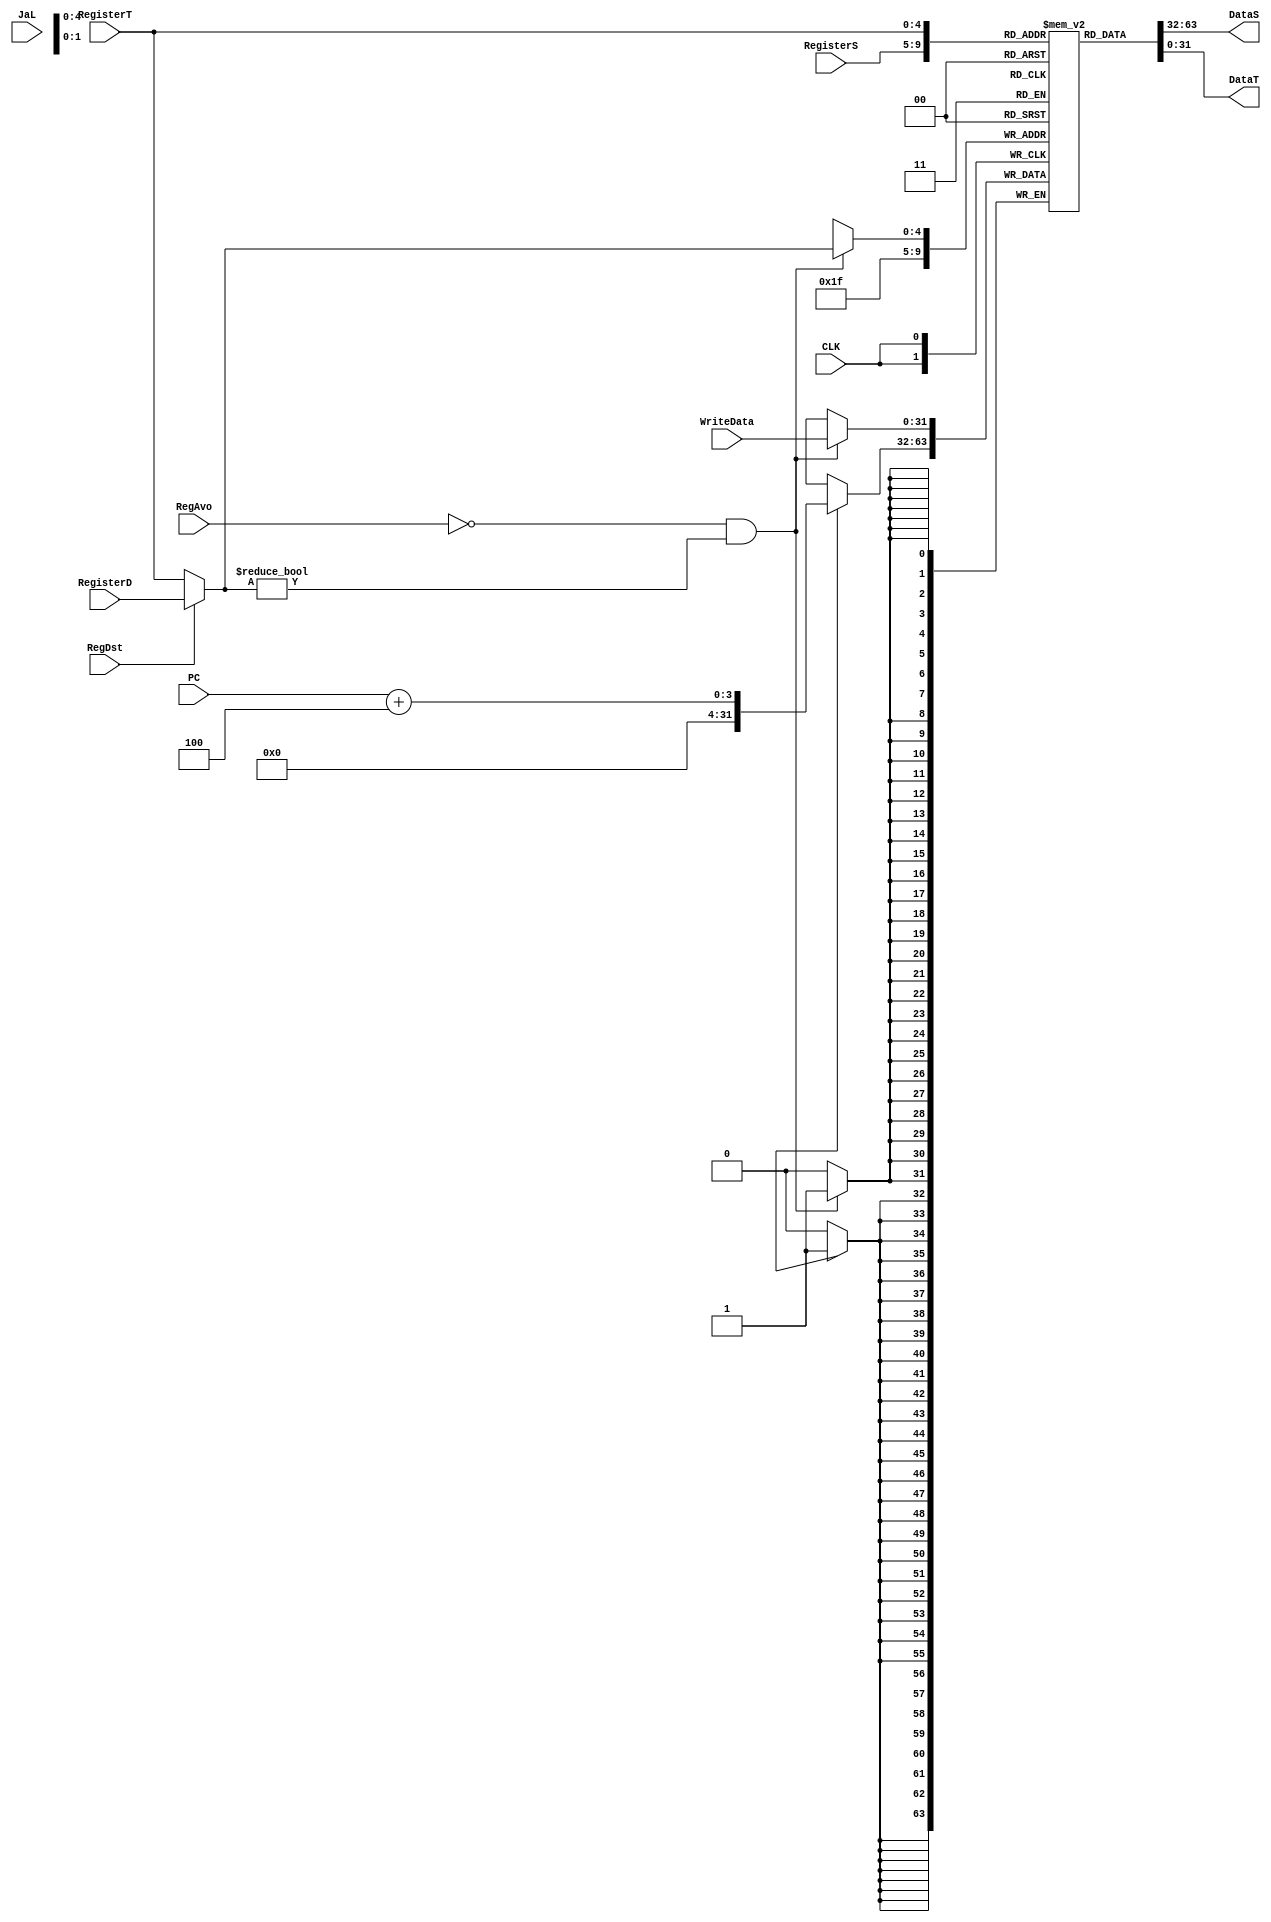
module Registers
(
    input CLK,
    input PC,
    input [4:0] RegisterS, // rs寄存器
    input [4:0] RegisterT, // rt寄存器
    input [4:0] RegisterD, // rd寄存器
    input RegDst, // rd寄存器是否有效
    input RegAvo, // 是否写入寄存器
    input JaL, // Jump and Link 控制信号
    input [31:0] WriteData, // 写入数据当 RegAvo=False 且 写入寄存器不是 $0
    output reg [31:0] DataS, // 于 RegisterS 存储的数据
    output reg [31:0] DataT, // 于 RegisterT 存储的数据
);
    integer i;
    reg [31: 0] regs[31: 0]; // 
    reg [ 4: 0] RegisterW; // 写入哪一个寄存器
    initial begin
        DataS=32'b0;
        DataT=32'b0;
        for(i=0;i<32;i++)regs[i]=0;
    end
    always @(RegisterS or RegisterT or RegisterD or RegDst) begin
        DataS=regs[RegisterS];
        DataT=regs[RegisterT];
        RegisterW=RegDst?RegisterD:RegisterT;
    end
    always @(negedge CLK) begin
        if(!RegAvo && RegisterW!=0) regs[RegisterW]=WriteData;
        if(JAL) regs[31]=PC+4;
    end
endmodule